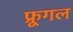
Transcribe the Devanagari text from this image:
फ्रूगल